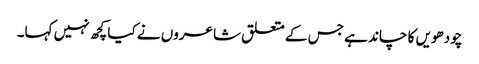
چودھویں کا چاند ہے جس کے متعلق شاعروں نے کیا کچھ نہیں کہا۔